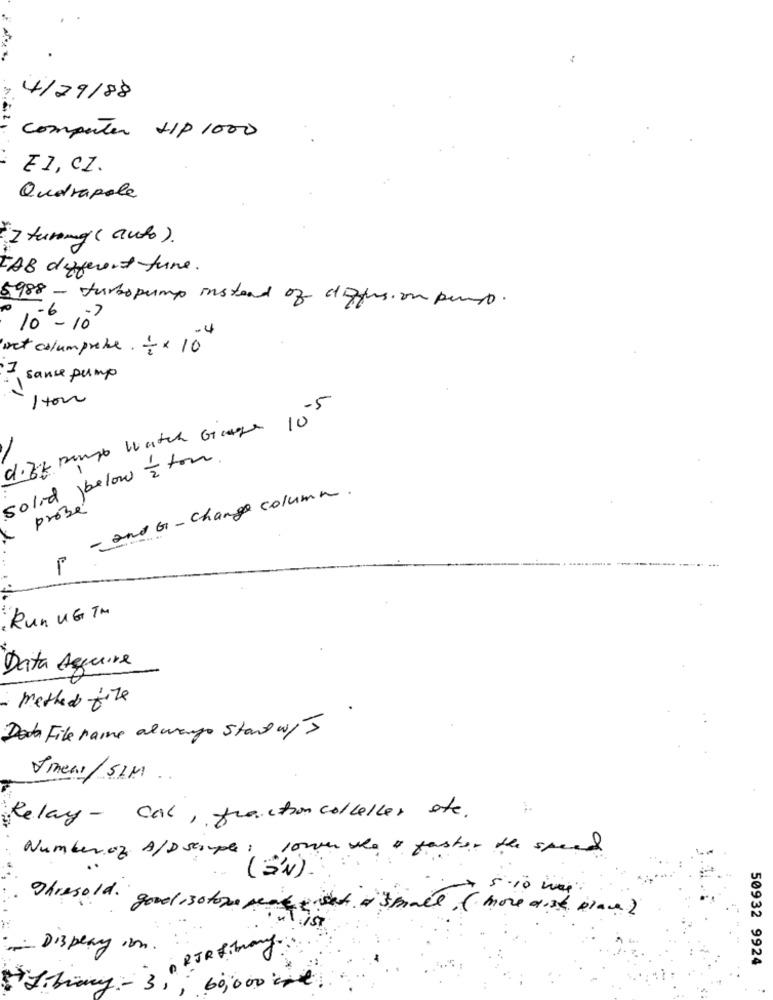
4/29/88
computer +1P 1000
₹1, CZ.
Quetrapole
Z turing ( auto) .
TAB different fune.
5988 - turbopump instead of diffusion perso.
10 - 10
-4
net columprobe -× 10
,sauce pump
M .!
dift punto watch Gage 10
solid below I ton.
p - and G - change column.
probé
Run UG TM
Data Acquire
method file
Doda File raine almango Stand w/5
Jmens/SIM
Relay- Cal , fraction colleller ste.
Number of A/Dstruple : lower who a faster the speed
( S'N )
5.10
Thresold. good ,solone reale set of small ( more aise place)
Display ion:
A RIR fibrany .
50932 9924
Library :- 31, 60,000 00